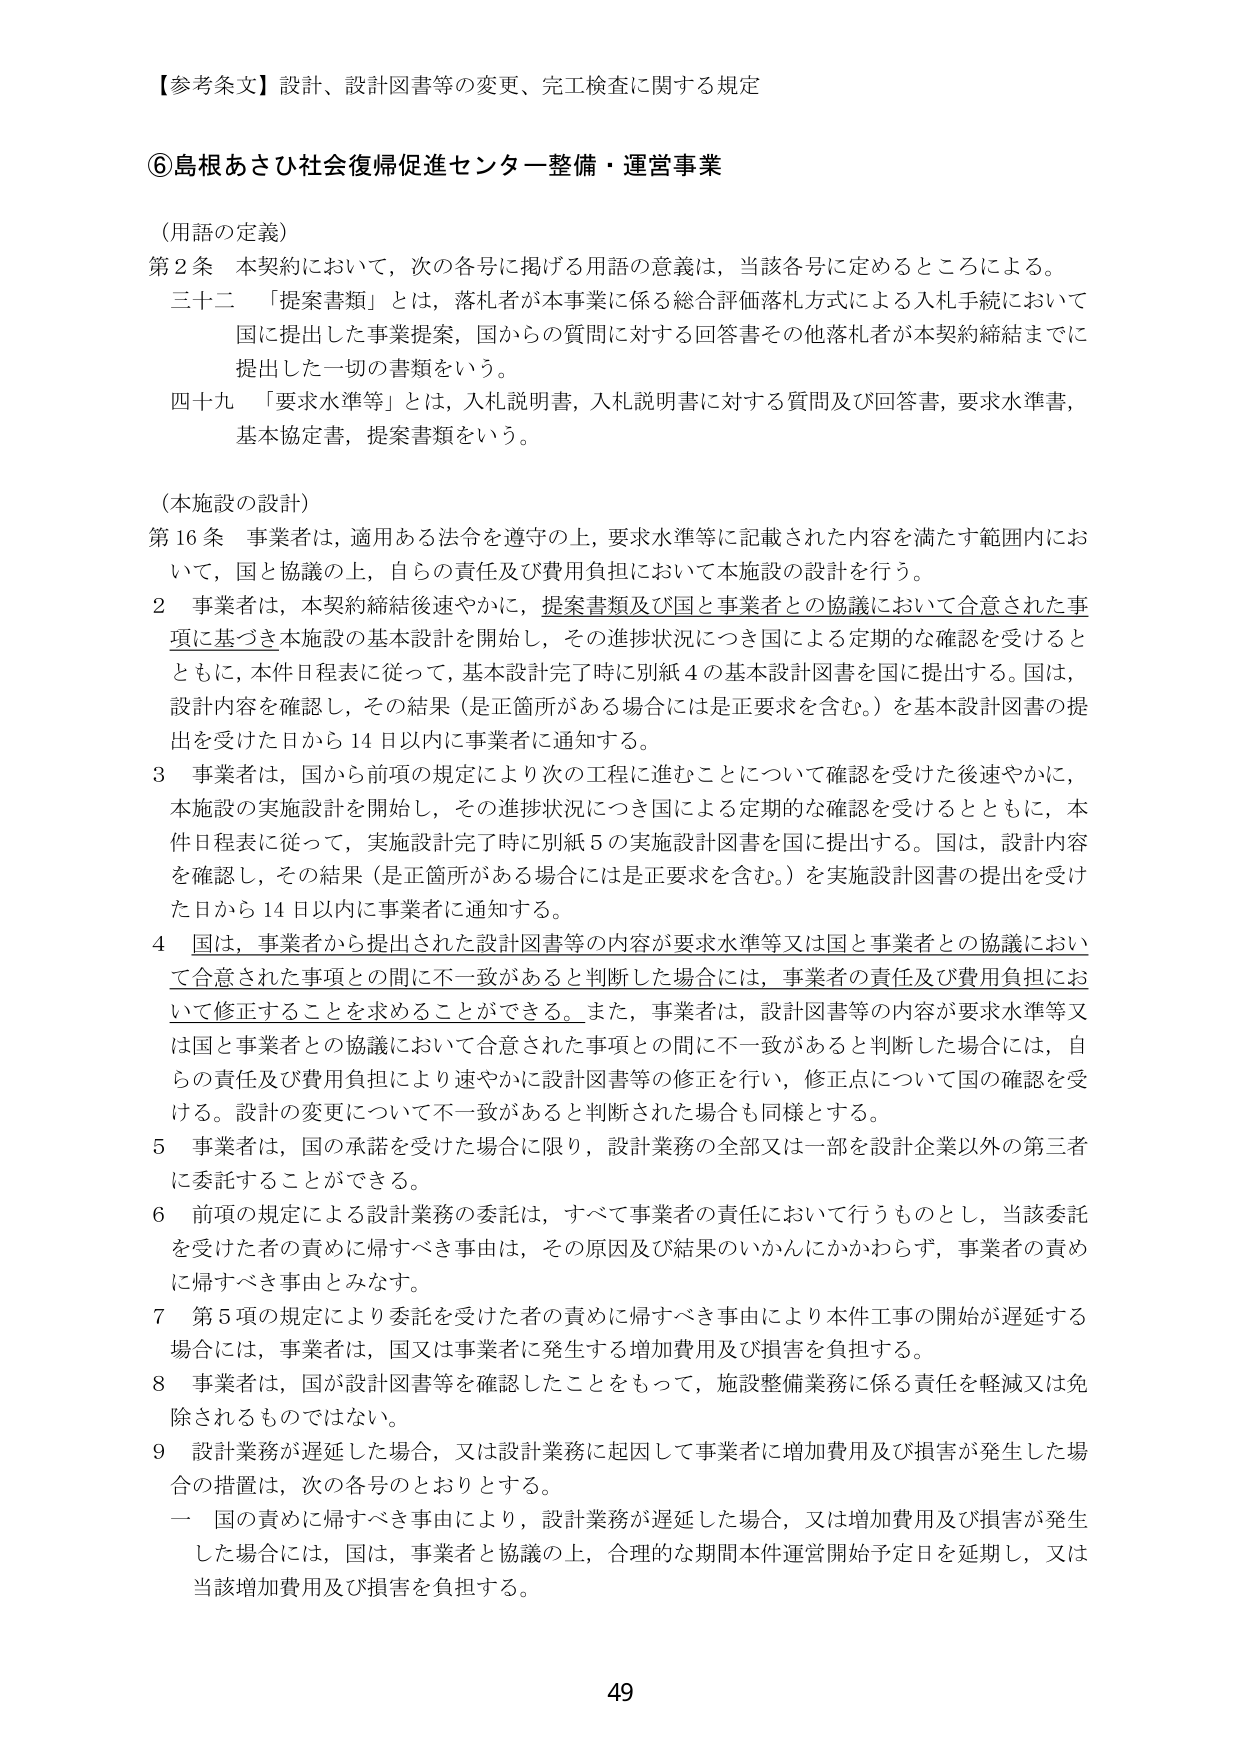
【参考条文】設計、設計図書等の変更、完工検査に関する規定

⑥島根あさひ社会復帰促進センター整備・運営事業

（用語の定義）
第2条 本契約において、次の各号に掲げる用語の意義は、当該各号に定めるところによる。
三十二 「提案書類」とは、落札者が本事業に係る総合評価落札方式による入札手続において
国に提出した事業提案、国からの質問に対する回答書その他落札者が本契約締結までに
提出した一切の書類をいう。
四十九 「要求水準等」とは、入札説明書、入札説明書に対する質問及び回答書、要求水準書、
基本協定書、提案書類をいう。

（本施設の設計）
第16条 事業者は、適用ある法令を遵守の上、要求水準等に記載された内容を満たす範囲内にお
いて、国と協議の上、自らの責任及び費用負担において本施設の設計を行う。
2 事業者は、本契約締結後速やかに、提案書類及び国と事業者との協議において合意された事
項に基づき本施設の基本設計を開始し、その進捗状況につき国による定期的な確認を受けると
ともに、本件日程表に従って、基本設計完了時に別紙4の基本設計図書を国に提出する。国は、
設計内容を確認し、その結果（是正箇所がある場合には是正要求を含む。）を基本設計図書の提
出を受けた日から14日以内に事業者に通知する。
3 事業者は、国から前項の規定により次の工程に進むことについて確認を受けた後速やかに、
本施設の実施設計を開始し、その進捗状況につき国による定期的な確認を受けるとともに、本
件日程表に従って、実施設計完了時に別紙5の実施設計図書を国に提出する。国は、設計内容
を確認し、その結果（是正箇所がある場合には是正要求を含む。）を実施設計図書の提出を受け
た日から14日以内に事業者に通知する。
4 国は、事業者から提出された設計図書等の内容が要求水準等又は国と事業者との協議におい
て合意された事項との間に不一致があると判断した場合には、事業者の責任及び費用負担にお
いて修正することを求めることができる。また、事業者は、設計図書等の内容が要求水準等又
は国と事業者との協議において合意された事項との間に不一致があると判断した場合には、自
らの責任及び費用負担により速やかに設計図書等の修正を行い、修正点について国の確認を受
ける。設計の変更について不一致があると判断された場合も同様とする。
5 事業者は、国の承諾を受けた場合に限り、設計業務の全部又は一部を設計企業以外の第三者
に委託することができる。
6 前項の規定による設計業務の委託は、すべて事業者の責任において行うものとし、当該委託
を受けた者の責めに帰すべき事由は、その原因及び結果のいかんにかかわらず、事業者の責め
に帰すべき事由とみなす。
7 第5項の規定により委託を受けた者の責めに帰すべき事由により本件工事の開始が遅延する
場合には、事業者は、国又は事業者に発生する増加費用及び損害を負担する。
8 事業者は、国が設計図書等を確認したことをもって、施設整備業務に係る責任を軽減又は免
除されるものではない。
9 設計業務が遅延した場合、又は設計業務に起因して事業者に増加費用及び損害が発生した場
合の措置は、次の各号のとおりとする。
一 国の責めに帰すべき事由により、設計業務が遅延した場合、又は増加費用及び損害が発生
した場合には、国は、事業者と協議の上、合理的な期間本件運営開始予定日を延期し、又は
当該増加費用及び損害を負担する。

49